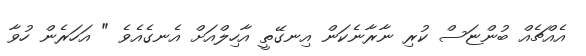
އެއްޗެއް ބުންޏަސް ކުރި ނާރާނެކަން އިނގޭތީ އާހިލްއަށް އެނގެއެވެ " އަހަރެން ހުވާ